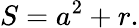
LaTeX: S=a^{2}+r.